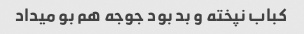
کباب نپخته و بد بود جوجه هم بو میداد